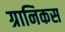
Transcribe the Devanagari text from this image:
ग्रानिकस